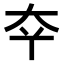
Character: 𫯟